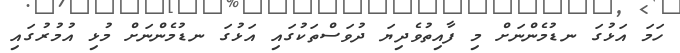
ހަމަ އަޅުގަ ނޑުމެންނަށް މި ފާއިތުވެދިޔަ ދުވަސްތަކުގައި އަޅުގަ ނޑުމެންނަށް މުޅި އުމުރުގައި